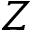
Z